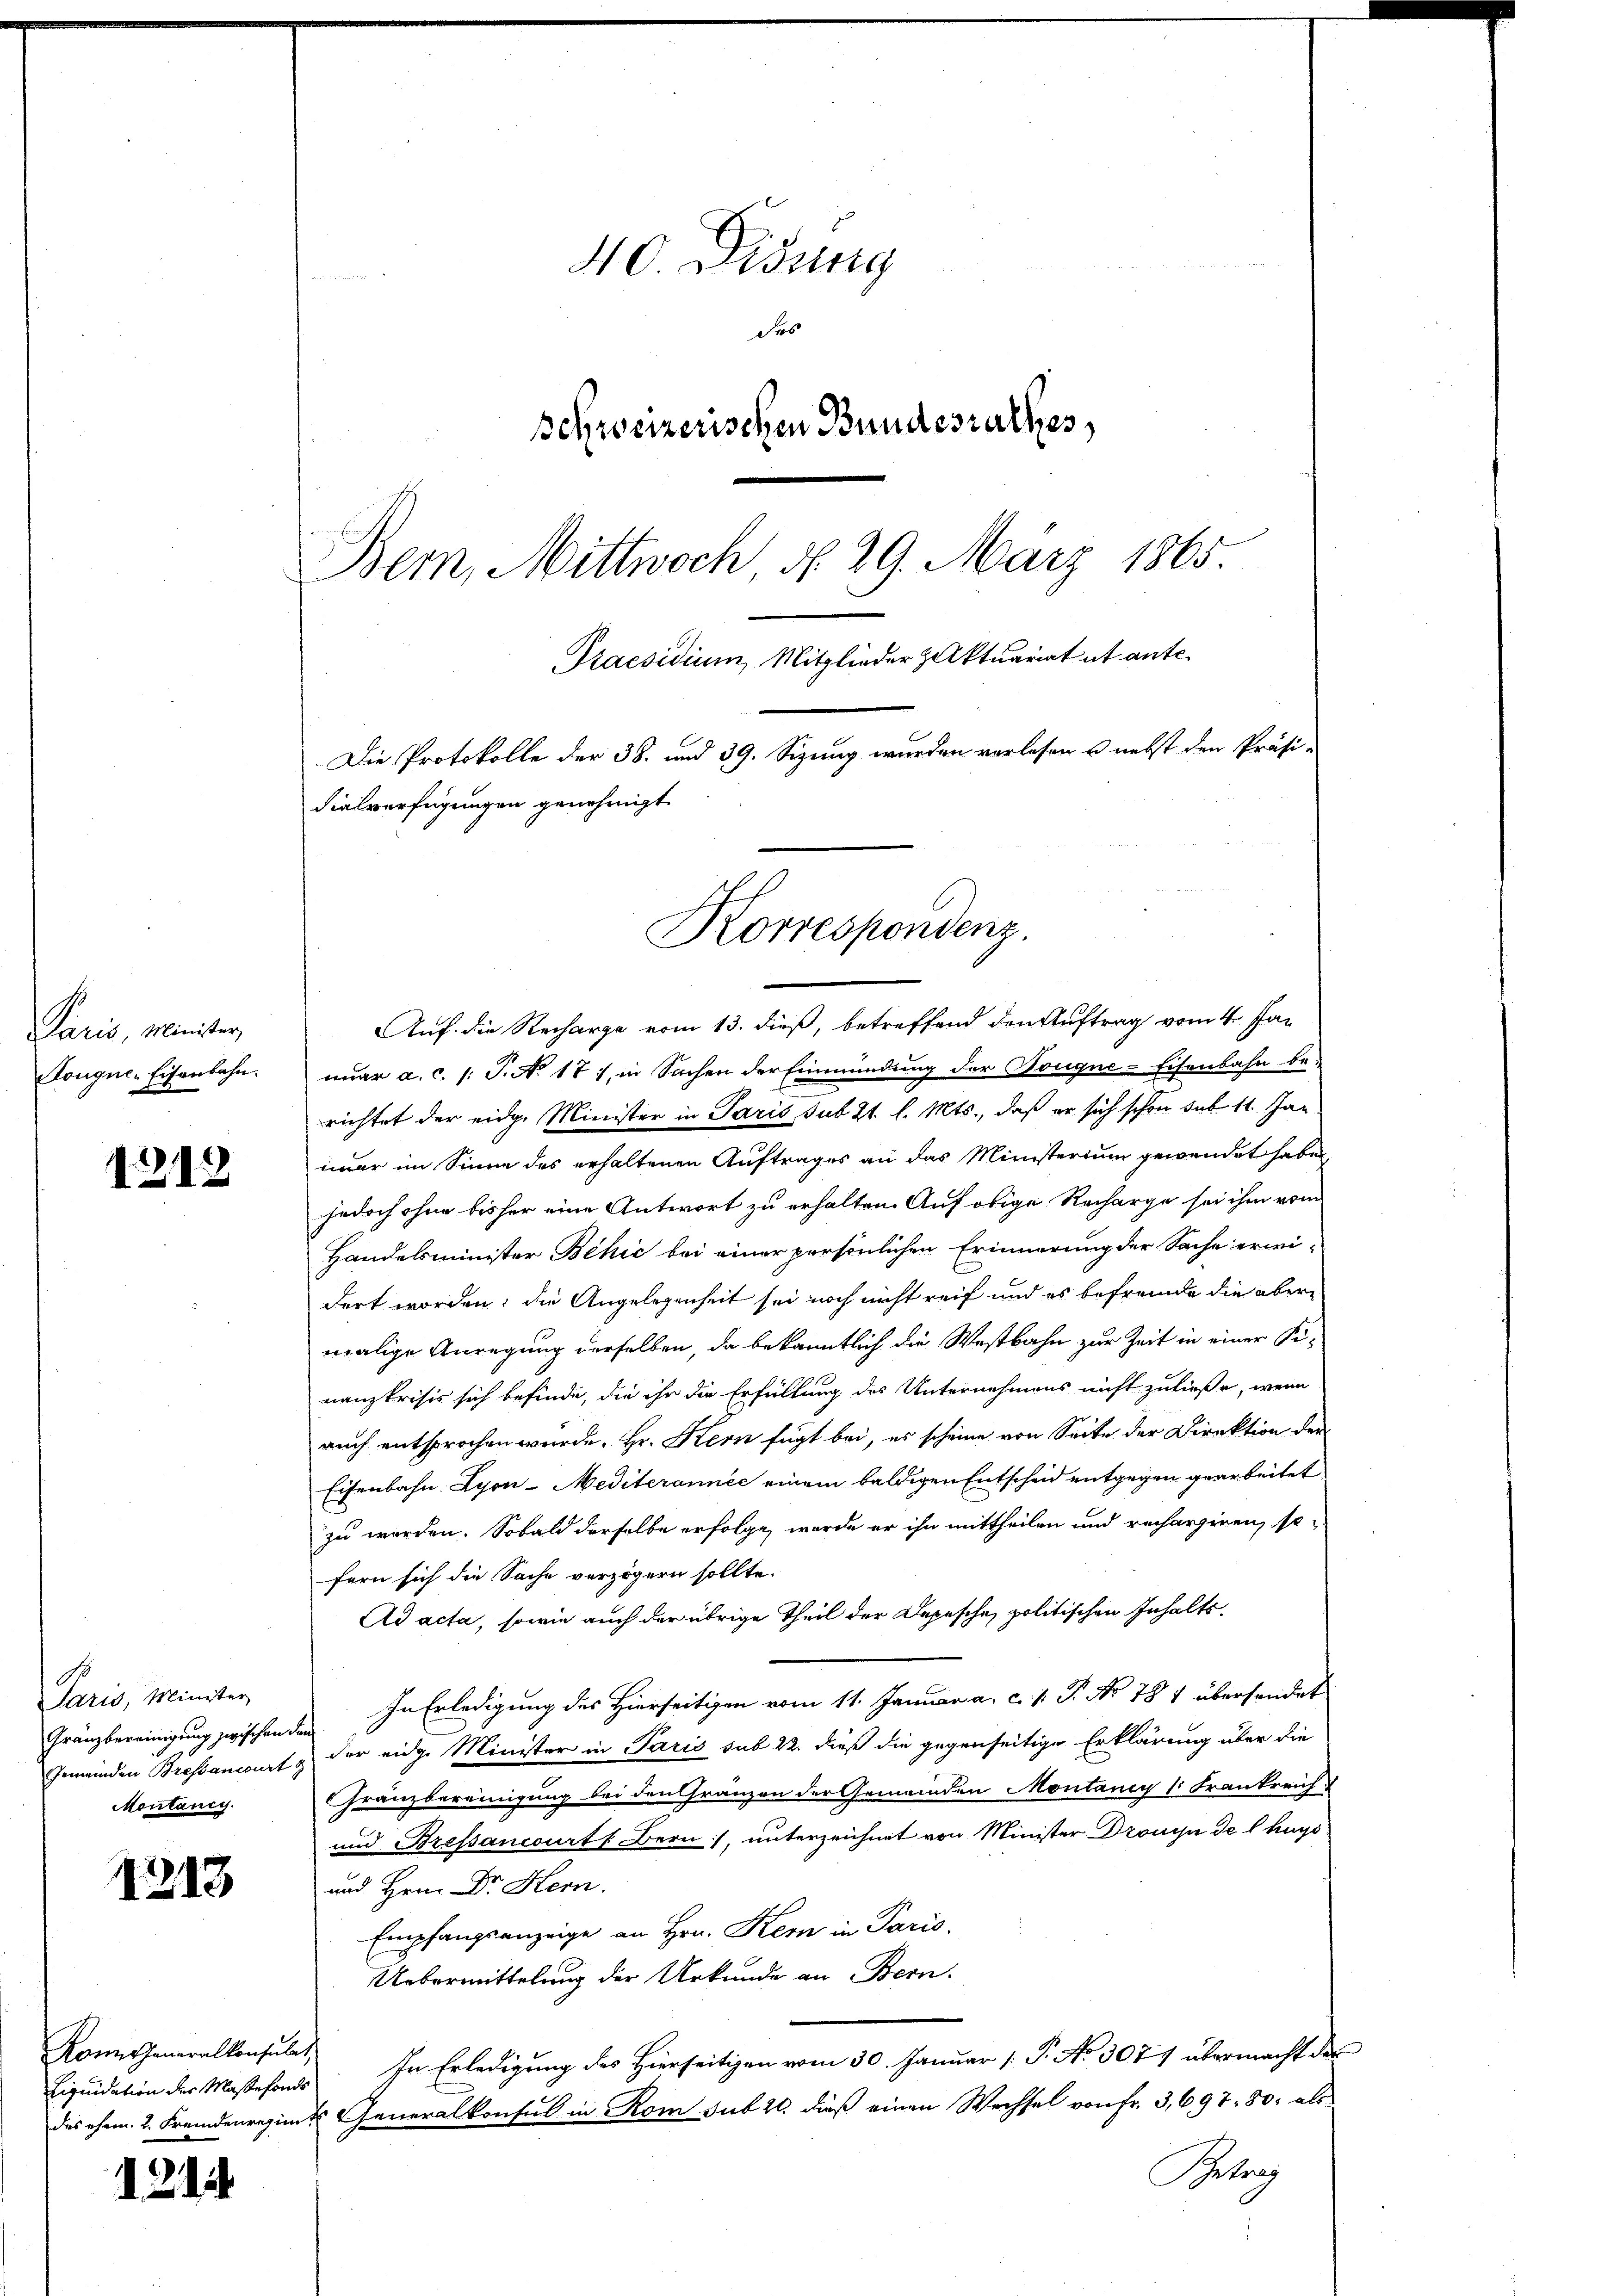
Paris, Minister,
Kougne. Eisenbahn.

1218

Paris, Minister
Gränzbereinigung zwischen den
Montanig

1213

Rontheneralkonsulat,
Liquidation der Maßefonds

1214

40. Disung
Des
schweizerischen Bundesrathes,
Bem, Mittwoch No. 29. März 1865.
Praesidium, Mitglieder Zaktuariat et ante¬
Die Protokolle der 38. und 39. Sizung wurden verlesen u. nebst den Präsidielverfügungen genehmigt.

Korrespondenz.

Auf die Recharge vom 13. dieß, betreffend den Auftrag vom 4. Jan
nuar a. c. s. S. No 171, in Sachen der Einmündung der Bougne-Eisenbahn be-
richtet der eidge Minister in Paris, sub 2t. l. Mts., daß er sich schon sub. 11. Jan
imer im Sinne des erhaltenen Auftrages an das Ministerium gewendet habe,
jedoch ohne bisher eine Antwort zu erhalten. Auf obige Recharge sei ihm vom
Handelsminister Behić bei einer persönlichen Erinnerung der Sache erwi-
dert worden; die Angelegenheit sei noch nicht reif und es befremde die abermalige Anregung derselben, da bekanntlich die Westbahn zur Zeit in einer Sinanzkrisis sich befinde, die ihr die Erfüllung des Unternehmens nicht zuließe, wenn
auch entsprochen wurde. Hr. Kern fügt bei, es scheine von Seite der Direktion der
Eisenbahn Lyon-Mediterannée einem baldigen Entscheid entgegen gearbeitet
zu werden. Sobald derselbe erfolge, wurde er ihn mittheilen und rechargiren, sofern sich die Sache verzögern sollte.
Ad acta, sowie auch der übrige Theil der Depesche politischen Inhalts¬
In Erledigung des Hierseitigen vom 11. Januar a. c. 1. P. No 784 übersendet
Gemeinden Bressancirt & der eidg. Minister in Paris sub 22. dieß die gegenseitige Erklärung über die
Gränzbereinigung bei den Gränzen der Gemeinden Montaney (Frankreich
und Bressancourt Bern), unterzeichnet von Minister Drouya de l huys
und Hrn. Dr Kern.
Empfangsanzeige an Hrn. Kern in Paris.
Uebermittelung der Urkunde an Bern.
In Erledigung des Hierseitigen vom 30. Januar [ P. No 307 übermacht des
das ehem. 2. Fremdenregime Generalkonsul in Rom sub 20. daß einen Wechsel von Fr. 3, 697. 80. als
Besang